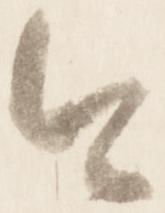
今